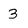
Character: 3